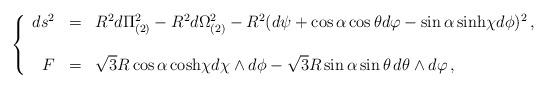
LaTeX: \begin{align*}\left\{ \begin{array}{rcl}ds^{2} & = & R^{2}d\Pi_{(2)}^{2} -R^{2}d\Omega_{(2)}^{2}-R^{2}(d\psi +\cos{\alpha} \cos{\theta} d\varphi -\sin{\alpha}\, {\rm sinh} \chi d\phi)^{2}\, ,\\& & \\F & = & \sqrt{3}R\cos{\alpha}\, {\rm cosh} \chi d\chi\wedge d\phi-\sqrt{3}R\sin{\alpha}\sin{\theta}\, d\theta\wedge d\varphi\, ,\\ \end{array}\right.\end{align*}